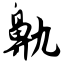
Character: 鼽